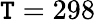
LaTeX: \mathtt{T}=298